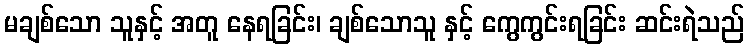
မချစ်သော သူနှင့် အတူ နေရခြင်း၊ ချစ်သောသူ နှင့် ကွေကွင်းရခြင်း ဆင်းရဲသည်